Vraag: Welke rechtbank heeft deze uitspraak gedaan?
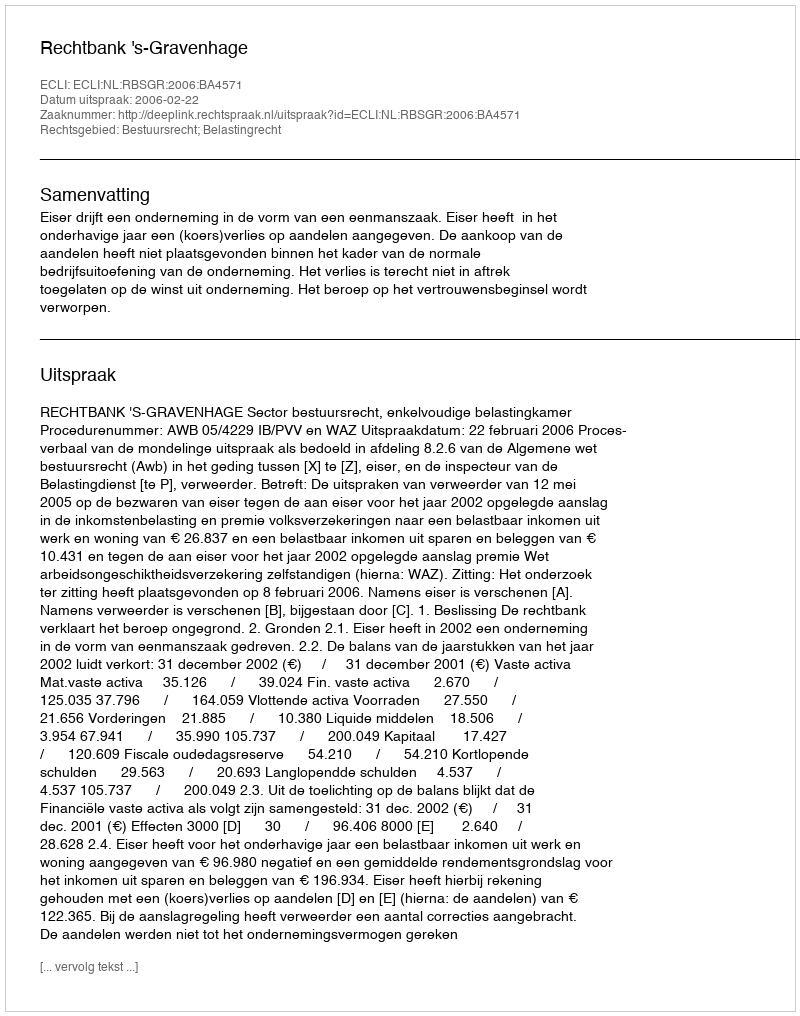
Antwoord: Rechtbank 's-Gravenhage